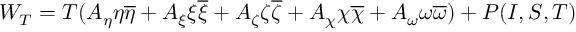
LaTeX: W _ { T } = T ( A _ { \eta } \eta \overline { { { \eta } } } + A _ { \xi } \xi \overline { { { \xi } } } + A _ { \zeta } \zeta \overline { { { \zeta } } } + A _ { \chi } \chi \overline { { { \chi } } } + A _ { \omega } \omega \overline { { { \omega } } } ) + P ( I , S , T )